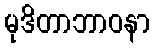
မုဒိတာဘာဝနာ